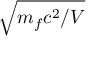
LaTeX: \sqrt { m _ { f } c ^ { 2 } / V }